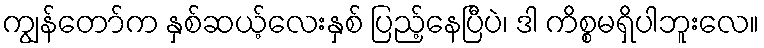
ကျွန်တော်က နှစ်ဆယ့်လေးနှစ် ပြည့်နေပြီပဲ၊ ဒါ ကိစ္စမရှိပါဘူးလေ။